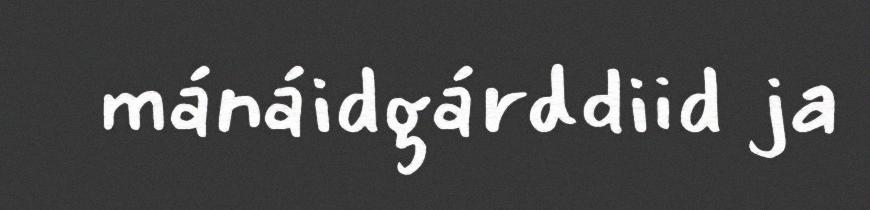
mánáidgárddiid ja